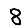
Digit: 8